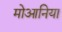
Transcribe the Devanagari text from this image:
मोआनिया